Annual administration report of the Civil Veterinary Department of India - 1896-1897
Year: 1896
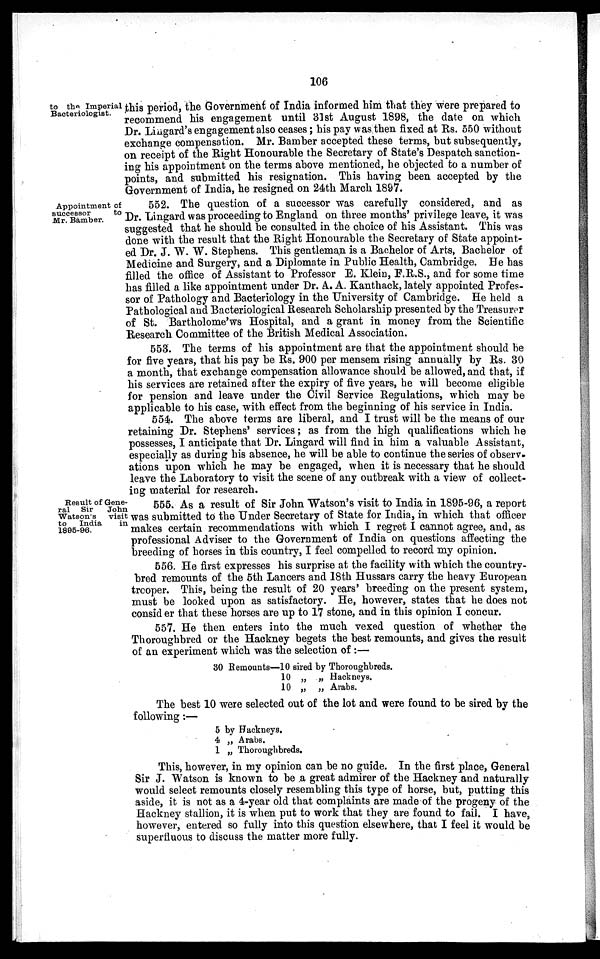
106
to the Imperial
Bacteriologist.
this period, the Government of India informed him that they were prepared to
recommend his engagement until 31st August 1898, the date on which
Dr. Lingard's engagement also ceases; his pay was then fixed at Rs. 550 without
exchange compensation. Mr. Bamber accepted these terms, but subsequently,
on receipt of the Right Honourable the Secretary of State's Despatch sanction-
ing his appointment on the terms above mentioned, he objected to a number of
points, and submitted his resignation. This having been accepted by the
Government of India, he resigned on 24th March 1897.
Appointment of
successor
to
Mr. Bamber.
552. The question of a successor was carefully considered, and as
Dr. Lingard was proceeding to England on three months' privilege leave, it was
suggested that he should be consulted in the choice of his Assistant. This was
done with the result that the Right Honourable the Secretary of State appoint-
ed Dr. J. W. W. Stephens. This gentleman is a Bachelor of Arts, Bachelor of
Medicine and Surgery, and a Diplomate in Public Health, Cambridge. He has
filled the office of Assistant to Professor E. Klein, F.R.S., and for some time
has filled a like appointment under Dr. A. A. Kanthack, lately appointed Profes-
sor of Pathology and Bacteriology in the University of Cambridge. He held a
Pathological and Bacteriological Research Scholarship presented by the Treasurer
of St. Bartholome'ws Hospital, and a grant in money from the Scientific
Research Committee of the British Medical Association.
553. The terms of his appointment are that the appointment should be
for five years, that his pay be Rs. 900 per mensem rising annually by Rs. 30
a month, that exchange compensation allowance should be allowed, and that, if
his services are retained after the expiry of five years, he will become eligible
for pension and leave under the Civil Service Regulations, which may be
applicable to his case, with effect from the beginning of his service in India.
554. The above terms are liberal, and I trust will be the means of our
retaining Dr. Stephens' services; as from the high qualifications which he
possesses, I anticipate that Dr. Lingard will find in him a valuable Assistant,
especially as during his absence, he will be able to continue the series of observ-
ations upon which he may be engaged, when it is necessary that he should
leave the Laboratory to visit the scene of any outbreak with a view of collect-
ing material for research.
Result of Gene-
ral Sir
John
Watson's
visit
to
India
in
1895-96.
555. As a result of Sir John Watson's visit to India in 1895-96, a report
was submitted to the Under Secretary of State for India, in which that officer
makes certain recommendations with which I regret I cannot agree, and, as
professional Adviser to the Government of India on questions affecting the
breeding of horses in this country, I feel compelled to record my opinion.
556. He first expresses his surprise at the facility with which the country-
bred remounts of the 5th Lancers and 18th Hussars carry the heavy European
trcoper. This, being the result of 20 years' breeding on the present system,
must be looked upon as satisfactory. He, however, states that he does not
consid er that these horses are up to 17 stone, and in this opinion I concur.
557. He then enters into the much vexed question of whether the
Thoroughbred or the Hackney begets the best remounts, and gives the result
of an experiment which was the selection of :—
30 Remounts—10 sired by Thoroughbreds.
10 „ „ Hackneys.
10 „ „ Arabs.
The best 10 were selected out of the lot and were found to be sired by the
following:—
5 by Hackneys.
4 „ Arabs.
1 „ Thoroughbreds.
This, however, in my opinion can be no guide. In the first place, General
Sir J. Watson is known to be a great admirer of the Hackney and naturally
would select remounts closely resembling this type of horse, but, putting this
aside, it is not as a 4-year old that complaints are made of the progeny of the
Hackney stallion, it is when put to work that they are found to fail. I have,
however, entered so fully into this question elsewhere, that I feel it would be
superfluous to discuss the matter more fully.